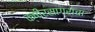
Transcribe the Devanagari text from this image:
क्षीरसागराचा